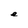
Character: e